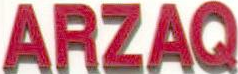
ARZAQ